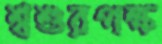
শ্বশুরপক্ষ